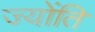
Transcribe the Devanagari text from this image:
ज्योंति